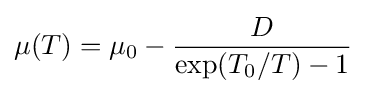
\mu (T)=\mu _{0}-{\frac {D}{\exp(T_{0}/T)-1}}